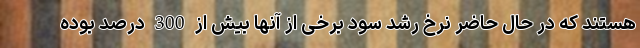
هستند که در حال حاضر نرخ رشد سود برخی از آنها بیش از 300 درصد بوده